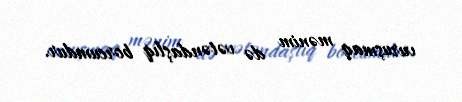
vuruşmaq mənim də vətəndaşlıq borcumdur.